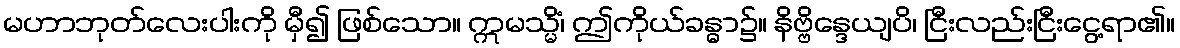
မဟာဘုတ်လေးပါးကို မှီ၍ ဖြစ်သော။ ဣမသ္မိံ၊ ဤကိုယ်ခန္ဓာ၌။ နိဗ္ဗိန္ဒေယျပိ၊ ငြီးလည်းငြီးငွေ့ရာ၏။